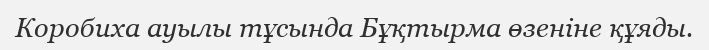
Коробиха ауылы тұсында Бұқтырма өзеніне құяды.